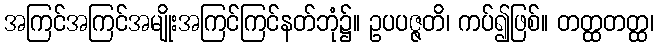
အကြင်အကြင်အမျိုးအကြင်ကြင်နတ်ဘုံ၌။ ဥပပဇ္ဇတိ၊ ကပ်၍ဖြစ်။ တတ္ထတတ္ထ၊